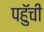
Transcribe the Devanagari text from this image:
पहुॅची